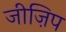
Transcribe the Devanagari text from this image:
जीज़िप